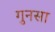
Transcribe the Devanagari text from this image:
गुनसा